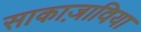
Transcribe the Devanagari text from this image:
साकाज़ाविया